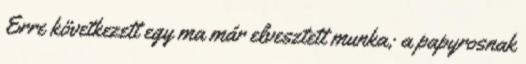
Erre következett egy ma már elvesztett munka; a papyrosnak